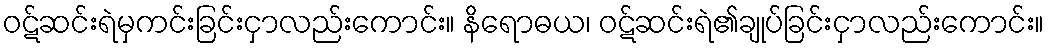
ဝဋ်ဆင်းရဲမှကင်းခြင်းငှာလည်းကောင်း။ နိရောဓယ၊ ဝဋ်ဆင်းရဲ၏ချုပ်ခြင်းငှာလည်းကောင်း။